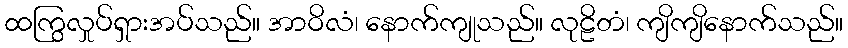
ထကြွလှုပ်ရှားအပ်သည်။ အာဝိလံ၊ နောက်ကျုသည်။ လုဠိတံ၊ ကျိကျိနောက်သည်။